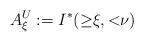
LaTeX: \begin{align*} A^U_\xi:=I^*({\ge}\xi,{<}\nu) \end{align*}